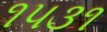
૧૫૩૧